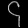
Digit: ၄